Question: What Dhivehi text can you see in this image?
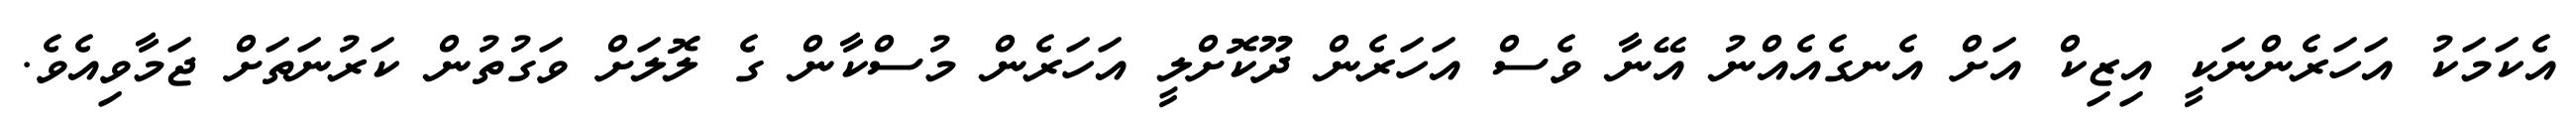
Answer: އެކަމަކު އަހަރެންނަކީ އިޒިކް އަށް އެނގެއެއްނު އޭނާ ވެސް އަހަރެން ދޫކޮށްލީ އަހަރެން މުސްކާން ގެ ލޮލަށް ވަގުތުން ކަރުނަތަށް ޖަމާވިއެވެ.